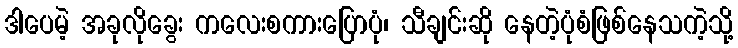
ဒါပေမဲ့ အခုလိုခွေး ကလေးစကားပြောပုံ၊ သီချင်းဆို နေတဲ့ပုံစံဖြစ်နေသကဲ့သို့